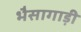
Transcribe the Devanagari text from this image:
भैसागाड़ी